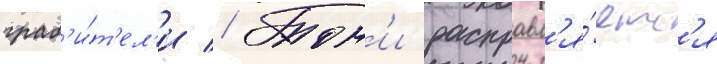
граб'и́т'ел'и // Тон'и расправл'я́етс'я